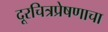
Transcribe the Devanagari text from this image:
दूरचित्रप्रेषणाचा